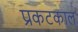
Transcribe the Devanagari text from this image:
प्रकटकाल